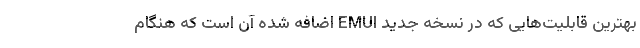
بهترین قابلیت‌هایی که در نسخه جدید EMUI اضافه شده آن است که هنگام